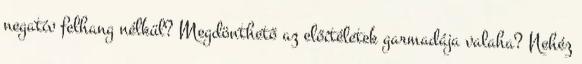
negatív felhang nélkül? Megdönthető az előítéletek garmadája valaha? Nehéz